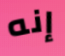
إنه